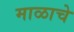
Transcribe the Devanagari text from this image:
माळाचे